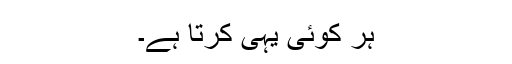
ہر کوئی یہی کرتا ہے۔